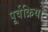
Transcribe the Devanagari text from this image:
पूर्वक्रिया